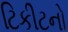
ટિકીટનો